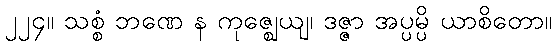
၂၂၄။ သစ္စံ ဘဏေ န ကုဇ္ဈေယျ၊ ဒဇ္ဇာ အပ္ပမ္ပိ ယာစိတော။